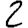
Digit: 2